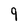
Character: 9